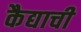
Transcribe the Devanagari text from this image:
कैद्याची